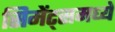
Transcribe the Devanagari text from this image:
सिमेंट्समध्ये